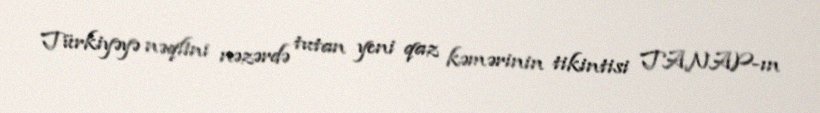
Türkiyəyə nəqlini nəzərdə tutan yeni qaz kəmərinin tikintisi TANAP-ın